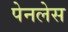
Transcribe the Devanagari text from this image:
पेनलेस